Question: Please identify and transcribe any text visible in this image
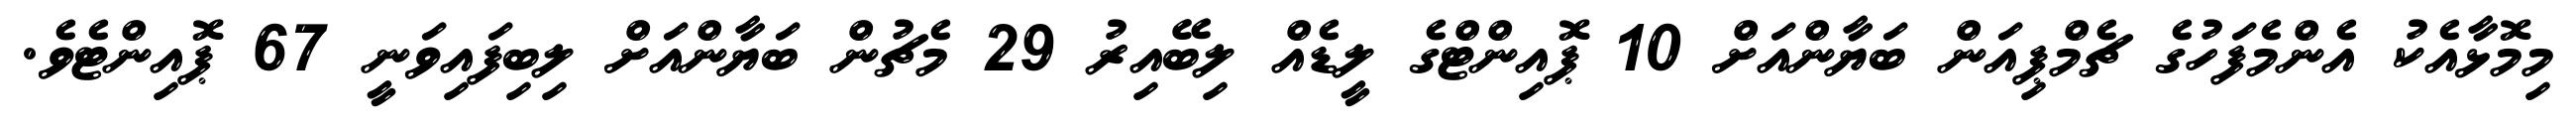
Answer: މިމޮޅާއެކު އެންމެފަހުގެ ޗެމްޕިއަން ބަޔާންއަށް 10 ޕޮއިންޓްގެ ލީޑެއް ލިބޭއިރު 29 މެޗުން ބަޔާންއަށް ލިބިފައިވަނީ 67 ޕޮއިންޓެވެ.